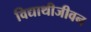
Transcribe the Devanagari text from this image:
विद्याथीजीवन